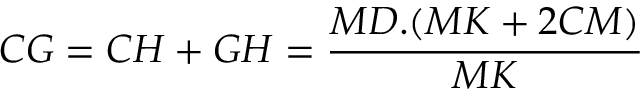
C G = C H + G H = { \frac { M D . ( M K + 2 C M ) } { M K } }